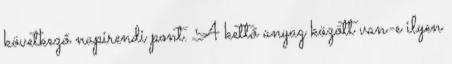
következő napirendi pont. A kettő anyag között van-e ilyen